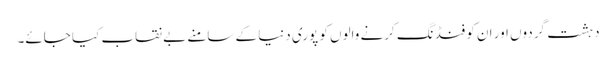
دہشت گردوں اور ان کو فنڈنگ کرنے والوں کو پوری دنیا کے سامنے بے نقاب کیا جائے۔